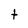
Character: t